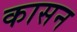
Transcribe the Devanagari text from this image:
कासन